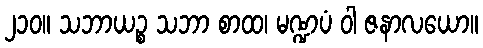
၂၁၀။ သဘာယဉ္စ သဘာ စာထ၊ မဏ္ဍပံ ဝါ ဇနာလယော။